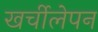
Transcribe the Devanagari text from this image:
खर्चीलेपन